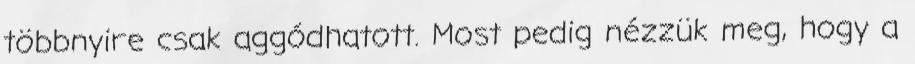
többnyire csak aggódhatott. Most pedig nézzük meg, hogy a